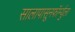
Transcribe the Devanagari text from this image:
सालापासूनफॉर्म्युला